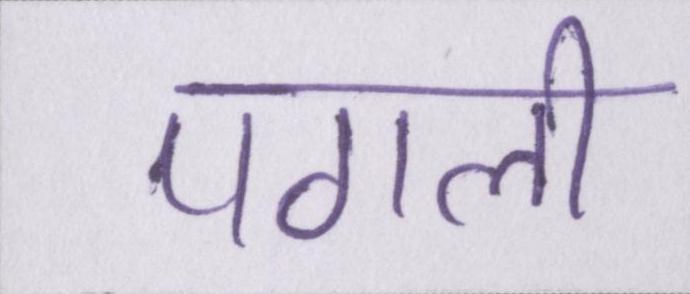
पगली